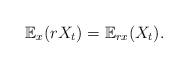
LaTeX: \begin{align*} \mathbb{E}_{x}(rX_t)=\mathbb{E}_{rx}(X_t).\end{align*}